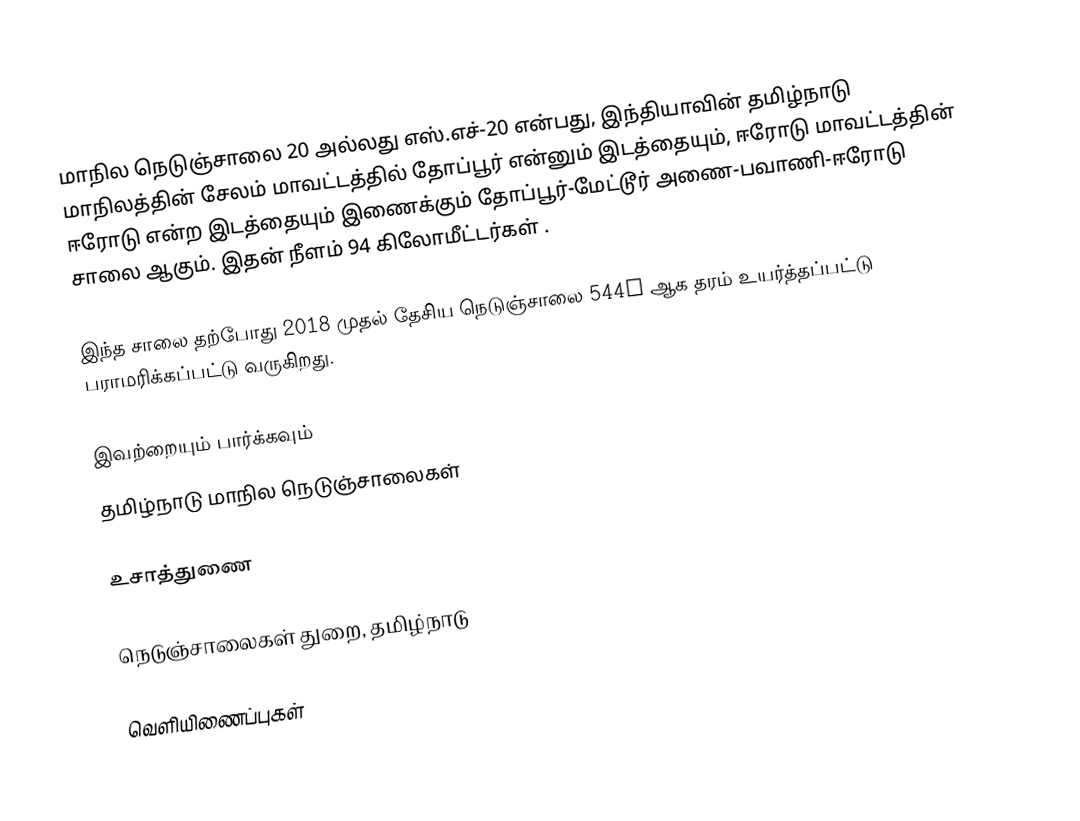
மாநில நெடுஞ்சாலை 20 அல்லது எஸ்.எச்-20 என்பது, இந்தியாவின் தமிழ்நாடு மாநிலத்தின் சேலம் மாவட்டத்தில் தோப்பூர் என்னும் இடத்தையும், ஈரோடு மாவட்டத்தின் ஈரோடு என்ற இடத்தையும் இணைக்கும் தோப்பூர்-மேட்டூர் அணை-பவாணி-ஈரோடு சாலை ஆகும். இதன் நீளம் 94  கிலோமீட்டர்கள் .

இந்த சாலை தற்போது 2018 முதல் தேசிய நெடுஞ்சாலை 544H ஆக தரம் உயர்த்தப்பட்டு பராமரிக்கப்பட்டு வருகிறது.

இவற்றையும் பார்க்கவும்
 தமிழ்நாடு மாநில நெடுஞ்சாலைகள்

உசாத்துணை

 நெடுஞ்சாலைகள் துறை, தமிழ்நாடு

வெளியிணைப்புகள்